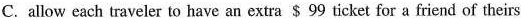
C. allow each traveler to have an extra $ 99 ticket for a friend of theirs